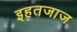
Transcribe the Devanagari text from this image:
इहतजाज